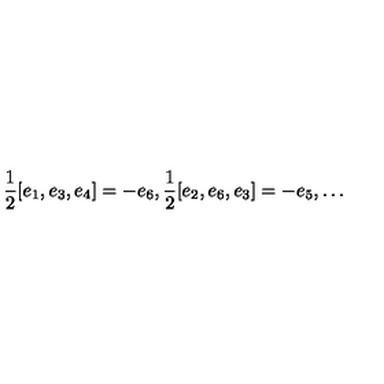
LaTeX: \frac { 1 } { 2 } [ e _ { 1 } , e _ { 3 } , e _ { 4 } ] = - e _ { 6 } , \frac { 1 } { 2 } [ e _ { 2 } , e _ { 6 } , e _ { 3 } ] = - e _ { 5 } , \ldots